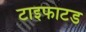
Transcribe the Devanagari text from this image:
टाइफाटड